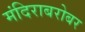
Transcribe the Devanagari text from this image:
मंदिराबरोबर